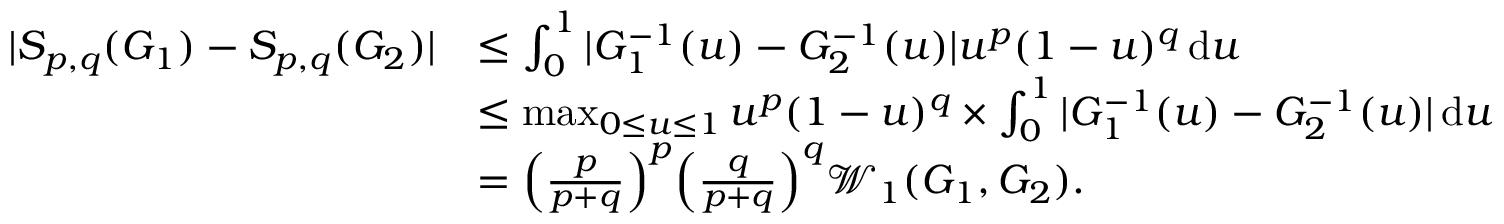
\begin{array} { r l } { | S _ { p , q } ( G _ { 1 } ) - S _ { p , q } ( G _ { 2 } ) | } & { \leq \int _ { 0 } ^ { 1 } | G _ { 1 } ^ { - 1 } ( u ) - G _ { 2 } ^ { - 1 } ( u ) | u ^ { p } ( 1 - u ) ^ { q } \, \mathrm { d } u } \\ & { \leq \operatorname* { m a x } _ { 0 \leq u \leq 1 } u ^ { p } ( 1 - u ) ^ { q } \times \int _ { 0 } ^ { 1 } | G _ { 1 } ^ { - 1 } ( u ) - G _ { 2 } ^ { - 1 } ( u ) | \, \mathrm { d } u } \\ & { = \Big ( \frac { p } { p + q } \Big ) ^ { p } \Big ( \frac { q } { p + q } \Big ) ^ { q } \mathcal { W } _ { 1 } ( G _ { 1 } , G _ { 2 } ) . } \end{array}